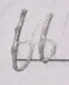
6 6